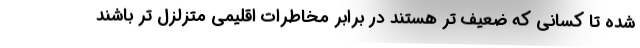
شده تا کسانی که ضعیف تر هستند در برابر مخاطرات اقلیمی متزلزل تر باشند